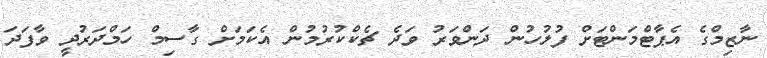
ނާޒިމްގެ އެޕާޓްމަންޓަށް ފުލުހުން ދަންވަރު ވަދެ ޗެކްކުރުމުން އެކަމަށް ގާސިމް ހަމްދަރުދީ ވާފަދަ